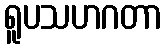
ရူပသဟဂတာ